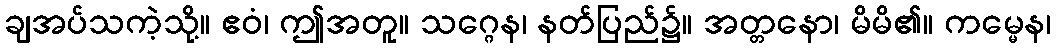
ချအပ်သကဲ့သို့။ ဧဝံ၊ ဤအတူ။ သဂ္ဂေန၊ နတ်ပြည်၌။ အတ္တနော၊ မိမိ၏။ ကမ္မေန၊